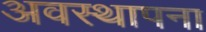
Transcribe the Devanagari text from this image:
अवस्‍थापना